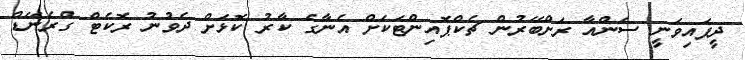
ދީފައިވަނީ ސަންއާ ރަށްބޭރުން ޗެކްޕޮއިންޓަކަށް އެނާގެ ކާރު ކޮޅަށް ދެވުނު ރޮކެޓް ގްރެނޭޑް